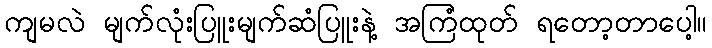
ကျမလဲ မျက်လုံးပြူးမျက်ဆံပြူးနဲ့ အကြံထုတ် ရတော့တာပေါ့။